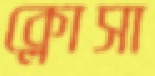
ক্লোসা